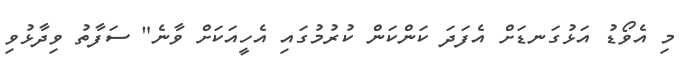
މި އެވޯޑު އަޅުގަނޑަށް އެފަދަ ކަންކަން ކުރުމުގައި އެހީއަކަށް ވާނެ" ސަފާތު ވިދާޅުވި